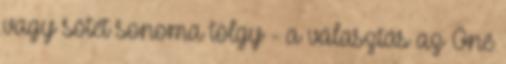
vagy sötét sonoma tölgy - a választás az Öné